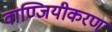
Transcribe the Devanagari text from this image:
वाण्जियीकरण